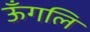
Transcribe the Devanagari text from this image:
ऊँगलि